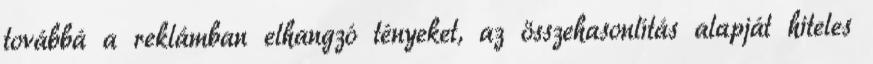
továbbá a reklámban elhangzó tényeket, az összehasonlítás alapját hiteles